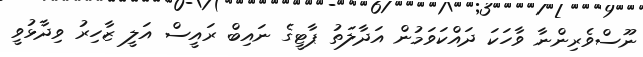
ނޫސްވެރިންނާ ވާހަކަ ދައްކަވަމުން އަދާލަތު ޕާޓީގެ ނައިބް ރައީސް އަލީ ޒާހިރު ވިދާޅުވީ